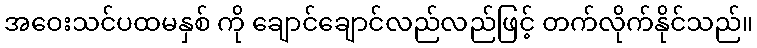
အဝေးသင်ပထမနှစ် ကို ချောင်ချောင်လည်လည်ဖြင့် တက်လိုက်နိုင်သည်။